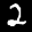
Label: 2